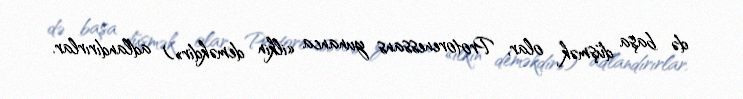
də başa düşmək olar, Protorenessans yunanca «ilkin deməkdir») adlandırırlar.